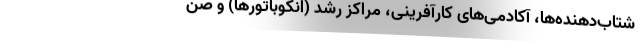
شتاب‌دهنده‌ها، آکادمی‌های کارآفرینی، مراکز رشد (انکوباتورها) و صن